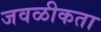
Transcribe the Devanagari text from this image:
जवळीकता